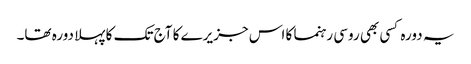
یہ دورہ کسی بھی روسی رہنما کا اس جزیرے کا آج تک کا پہلا دورہ تھا۔